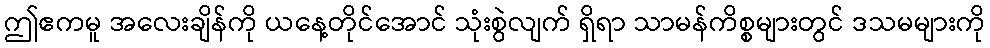
ဤဧကမူ အလေးချိန်ကို ယနေ့တိုင်အောင် သုံးစွဲလျက် ရှိရာ သာမန်ကိစ္စများတွင် ဒသမများကို